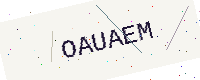
Text: OAUAEM